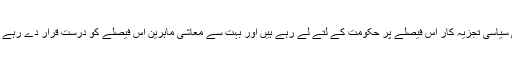
کئی سیاسی تجزیہ کار اس فیصلے پر حکومت کے لتے لے رہے ہیں اور بہت سے معاشی ماہرین اس فیصلے کو درست قرار دے رہے ہیں۔